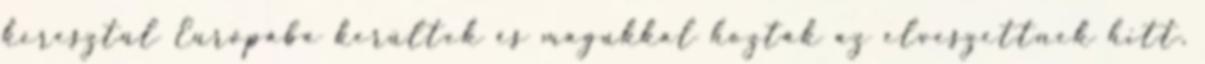
keresztül Európába kerültek és magukkal hozták az elveszettnek hitt,